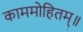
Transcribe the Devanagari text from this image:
काममोहितम्॥